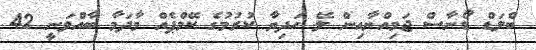
ބްލަޑް ޑޯނާސް ޖަމިއްޔާއިން ލޭ ހަދިޔާ ކުރުމުގެ ކޭމްޕެއް މާދަމާ ބާއްވަނީ 42